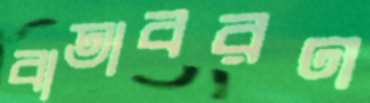
বাতাবরণ